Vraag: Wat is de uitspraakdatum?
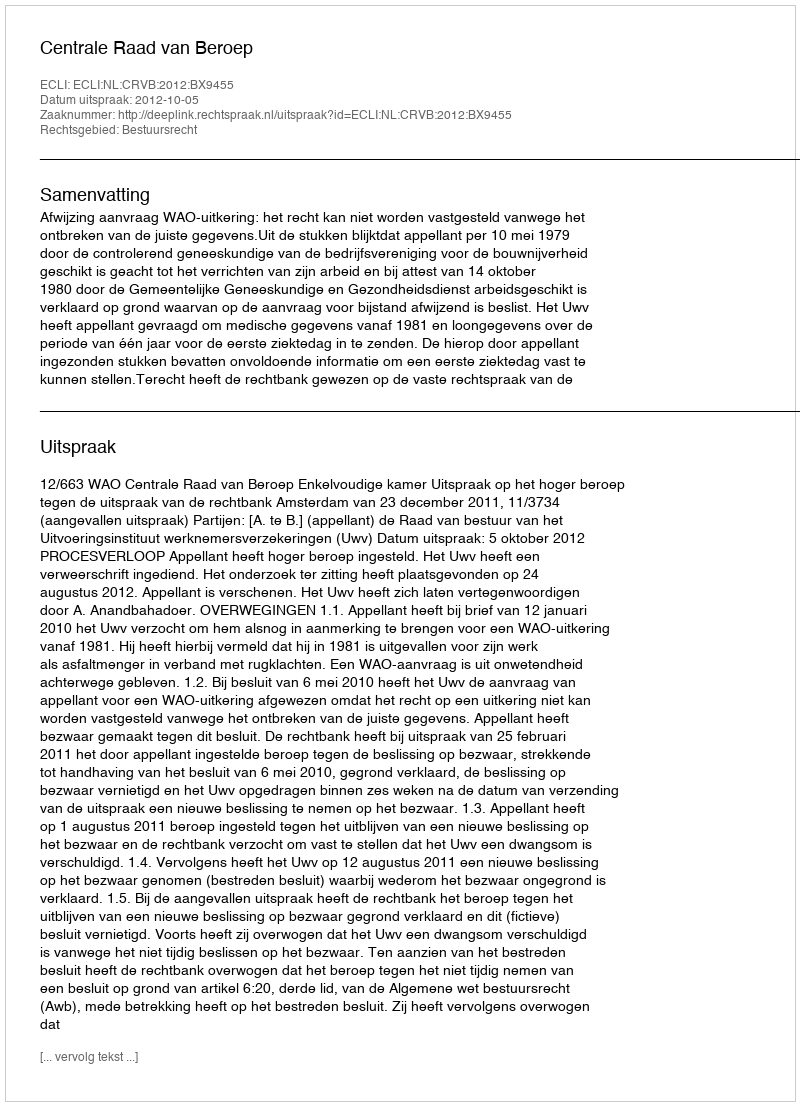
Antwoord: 2012-10-05